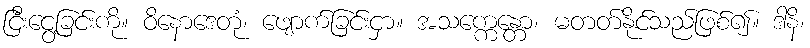
ငြီးငွေ့ခြင်းကို။ ဝိနောဒေတုံ၊ ဖျောက်ခြင်းငှာ။ အသက္ကေန္တော၊ မတတ်နိုင်သည်ဖြစ်၍။ ဒါနိ၊